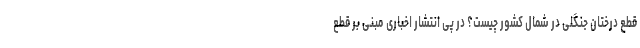
قطع درختان جنگلی در شمال کشور چیست؟ در پی انتشار اخباری مبنی بر قطع